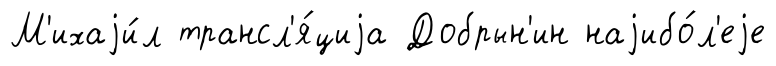
М'ихаjи́л трансл'я́циjа Добрын'ин наjибо́л'еjе